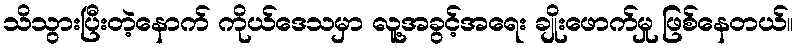
သိသွားပြီးတဲ့နောက် ကိုယ်ဒေသမှာ လူ့အခွင့်အရေး ချိုးဖောက်မှု ဖြစ်နေတယ်။